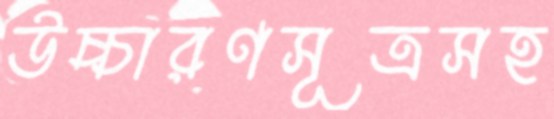
উচ্চারণসূত্রসহ